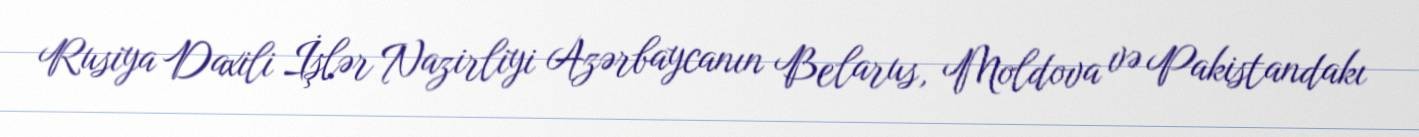
Rusiya Daxili İşlər Nazirliyi Azərbaycanın Belarus, Moldova və Pakistandakı